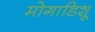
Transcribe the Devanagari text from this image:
मोगाडिशू